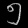
Digit: ၅